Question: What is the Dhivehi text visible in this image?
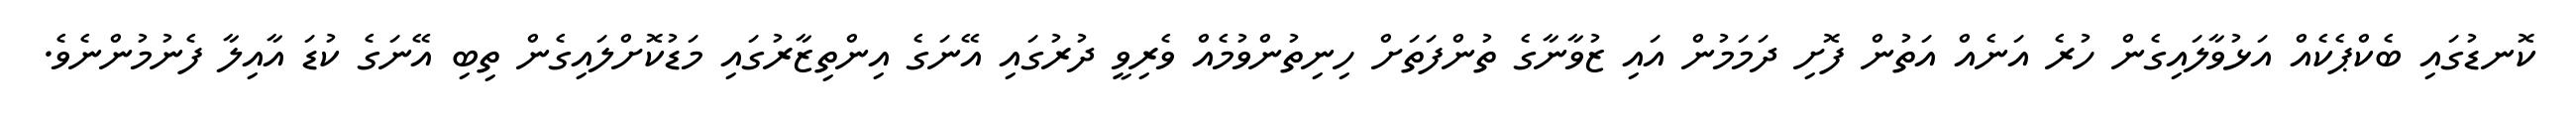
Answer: ކޮނޑުގައި ބެކްޕެކެއް އަޅުވާލައިގެން ހުރެ އަނެއް އަތުން ފޮށި ދަމަމުން އައި ޒުވާނާގެ ތުންފަތަށް ހިނިތުންވުމެއް ވެރިވީ ދުރުގައި އޭނަގެ އިންތިޒާރުގައި މަޑުކޮށްލައިގެން ތިބި އޭނަގެ ކުޑަ އާއިލާ ފެނުމުންނެވެ.